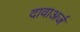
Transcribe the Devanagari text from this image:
दावाअर्ज